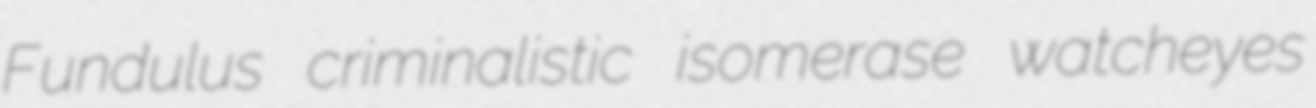
Fundulus criminalistic isomerase watcheyes